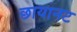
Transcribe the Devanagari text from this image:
छायानट